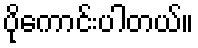
ပိုကောင်းပါတယ်။